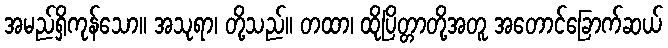
အမည်ရှိကုန်သော။ အသုရာ၊ တို့သည်။ တထာ၊ ထိုပြိတ္တာတို့အတူ အတောင်ခြောက်ဆယ်